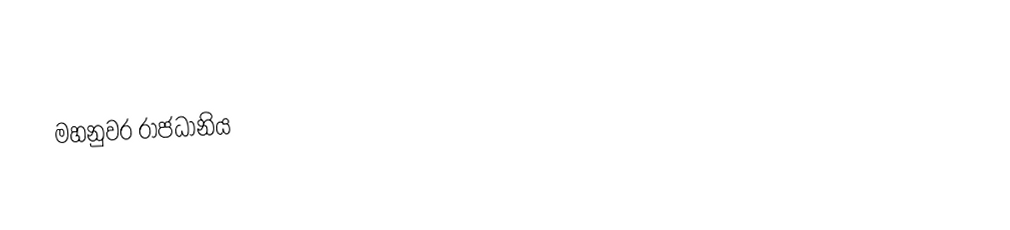
මහනුවර රාජධානිය